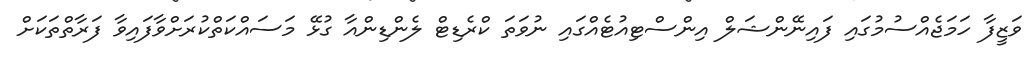
ވަޒީފާ ހަމަޖެއްސުމުގައި ފައިނޭންޝަލް އިންސްޓިއުޓެއްގައި ނުވަތަ ކްރެޑިޓް ލެންޑިންއާ ގުޅޭ މަސައްކަތްކުރަށްވާފައިވާ ފަރާތްތަކަށް